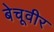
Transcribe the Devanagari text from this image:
बेचूवीर